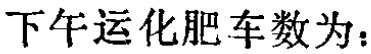
下午运化肥车数为：